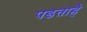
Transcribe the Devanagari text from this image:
पडताहै